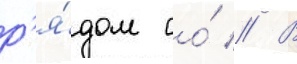
р'я́дом со́ // В